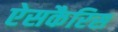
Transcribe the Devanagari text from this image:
ऐसकैरिस